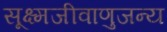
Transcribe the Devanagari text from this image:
सूक्ष्मजीवाणुजन्य